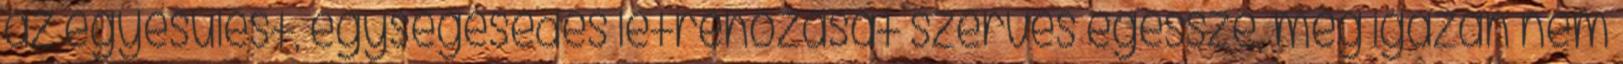
az egyesülést, egységesedés létrehozását szerves egésszé, még igazán nem